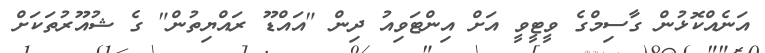
އަނެއްކޮޅުން ގާސިމްގެ ވީޓީވީ އަށް އިންޓަވިއު ދިން "އައްޑޫ ރައްޔިތުން" ގެ ޝުއޫރުތަކަށް